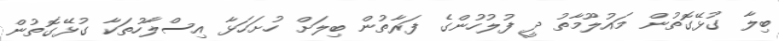
ބިލާ ގުޅޭގޮތުން މައުލޫމާތު ދީ ފުލުހުންގެ ފަރާތުން ބިލަށް ހުށަހަޅާ އިސްލާހުތަކާ ގުޅޭގޮތުން